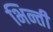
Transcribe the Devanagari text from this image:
भिन्ती